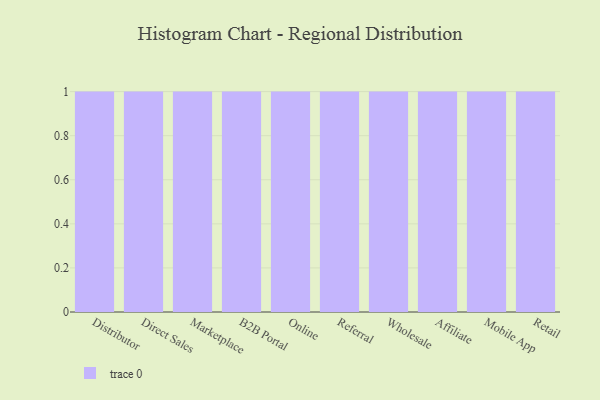
{"axis": {"x": "Channel", "y": "Shipments"}, "legend": [""], "data": [{"x": "Distributor", "y": 37, "type": ""}, {"x": "Direct Sales", "y": 36, "type": ""}, {"x": "Marketplace", "y": 10, "type": ""}, {"x": "B2B Portal", "y": 5, "type": ""}, {"x": "Online", "y": 93, "type": ""}, {"x": "Referral", "y": 25, "type": ""}, {"x": "Wholesale", "y": 44, "type": ""}, {"x": "Affiliate", "y": 71, "type": ""}, {"x": "Mobile App", "y": 43, "type": ""}, {"x": "Retail", "y": 8, "type": ""}]}